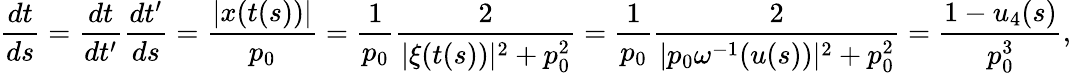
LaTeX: \frac{dt}{ds}=\frac{dt}{dt^{\prime}}\frac{dt^{\prime}}{ds}=\frac{|x(t(s))|}{p_{0}}=\frac{1}{p_{0}}\frac{2}{|\xi(t(s))|^{2}+p_{0}^{2}}=\frac{1}{p_{0}}\frac{2}{|p_{0}\omega^{-1}(u(s))|^{2}+p_{0}^{2}}=\frac{1-u_{4}(s)}{p_{0}^{3}},